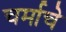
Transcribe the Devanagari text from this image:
चर्माचे